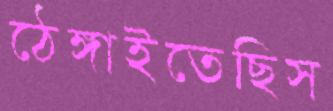
ঠেঙ্গাইতেছিস